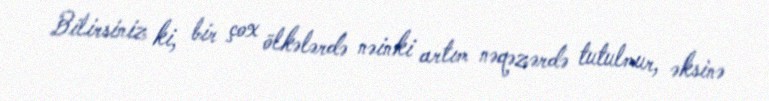
Bilirsiniz ki, bir çox ölkələrdə nəinki artım nəqəzərdə tutulmur, əksinə